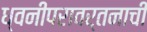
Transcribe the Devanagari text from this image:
ध्वनीपरावर्तनाची